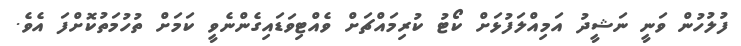
ފުލުހުން ވަނީ ނަޝީދު އަމިއްލަފުޅަށް ކޯޓު ކުރިމައްޗަށް ވެއްޓިވަޑައިގެންނެވީ ކަމަށް ތުހުމަތުކޮށްފަ އެވެ.